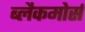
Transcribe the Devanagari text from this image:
ब्लैकमोर्स